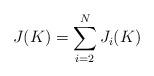
LaTeX: \begin{align*}{J}(K)= \sum_{i=2}^{N}{J}_i(K)\end{align*}